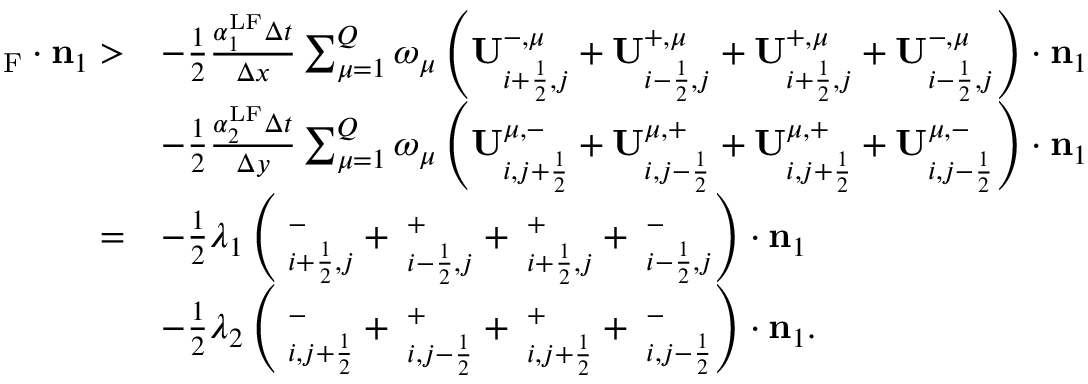
\begin{array} { r l } { { \bf \Pi } _ { \mathrm { { { F } } } } \cdot \mathbf { n } _ { 1 } > } & { - \frac { 1 } { 2 } \frac { \alpha _ { 1 } ^ { \mathrm { L F } } \Delta t } { \Delta x } \sum _ { \mu = 1 } ^ { Q } \omega _ { \mu } \left( \mathbf { U } _ { i + \frac { 1 } { 2 } , j } ^ { - , \mu } + \mathbf { U } _ { i - \frac { 1 } { 2 } , j } ^ { + , \mu } + \mathbf { U } _ { i + \frac { 1 } { 2 } , j } ^ { + , \mu } + \mathbf { U } _ { i - \frac { 1 } { 2 } , j } ^ { - , \mu } \right) \cdot \mathbf { n } _ { 1 } } \\ & { - \frac { 1 } { 2 } \frac { \alpha _ { 2 } ^ { \mathrm { { L F } } } \Delta t } { \Delta y } \sum _ { \mu = 1 } ^ { Q } \omega _ { \mu } \left( \mathbf { U } _ { i , j + \frac { 1 } { 2 } } ^ { \mu , - } + \mathbf { U } _ { i , j - \frac { 1 } { 2 } } ^ { \mu , + } + \mathbf { U } _ { i , j + \frac { 1 } { 2 } } ^ { \mu , + } + \mathbf { U } _ { i , j - \frac { 1 } { 2 } } ^ { \mu , - } \right) \cdot \mathbf { n } _ { 1 } } \\ { = } & { - \frac { 1 } { 2 } \lambda _ { 1 } \left( { \bf \Pi } _ { i + \frac { 1 } { 2 } , j } ^ { - } + { \bf \Pi } _ { i - \frac { 1 } { 2 } , j } ^ { + } + { \bf \Pi } _ { i + \frac { 1 } { 2 } , j } ^ { + } + { \bf \Pi } _ { i - \frac { 1 } { 2 } , j } ^ { - } \right) \cdot \mathbf { n } _ { 1 } } \\ & { - \frac { 1 } { 2 } \lambda _ { 2 } \left( { \bf \Pi } _ { i , j + \frac { 1 } { 2 } } ^ { - } + { \bf \Pi } _ { i , j - \frac { 1 } { 2 } } ^ { + } + { \bf \Pi } _ { i , j + \frac { 1 } { 2 } } ^ { + } + { \bf \Pi } _ { i , j - \frac { 1 } { 2 } } ^ { - } \right) \cdot \mathbf { n } _ { 1 } . } \end{array}